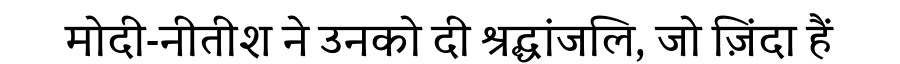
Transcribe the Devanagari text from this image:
मोदी-नीतीश ने उनको दी श्रद्धांजलि, जो ज़िंदा हैं